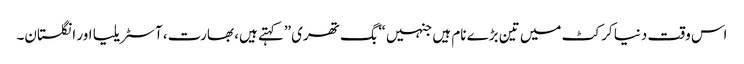
اس وقت دنیا کرکٹ میں تین بڑے نام ہیں جنہیں “بگ تھری”کہتے ہیں، بھارت، آسٹریلیا اور انگلستان۔